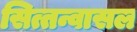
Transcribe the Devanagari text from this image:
सित्तन्वासल